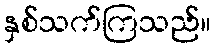
နှစ်သက်ကြသည်။